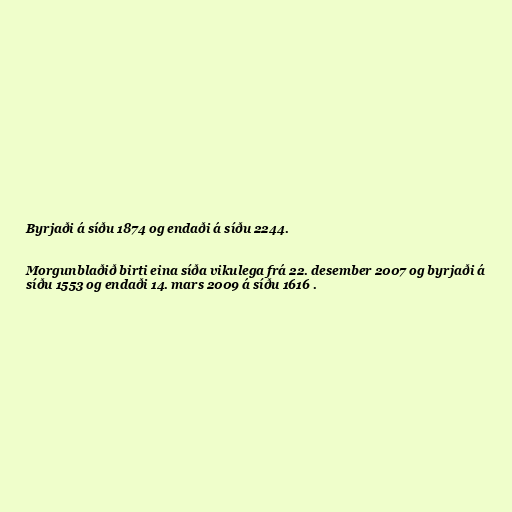
Byrjaði á síðu 1874 og endaði á síðu 2244.

Morgunblaðið birti eina síða vikulega frá 22. desember 2007 og byrjaði á
síðu 1553 og endaði 14. mars 2009 á síðu 1616 .